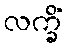
လက္ခိံ